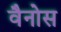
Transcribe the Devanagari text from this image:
वैनोस